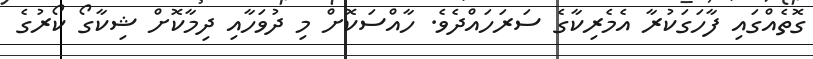
ގޮތެއްގައި ފާހަގަކުރާ އެމެރިކާގެ ސަރަހައްދެވެ. ހާއްސަކޮށް މި ދުވަހާއި ދިމާކޮށް ޝިކާގޯ ކޯރުގެ